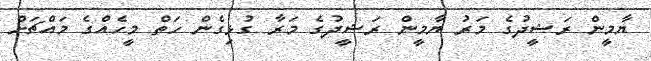
ޔާމީން ރަޝީދުގެ މަރު ޔާމީން ރަޝީދުގެ މަރާ ގުޅިގެން ހަތް މީހެއްގެ މައްޗަށް